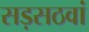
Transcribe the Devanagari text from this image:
सड़सठवां